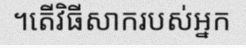
។តើវិធីសាករបស់អ្នក